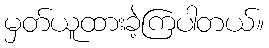
မှတ်ယူထားခဲ့ကြပါတယ်။